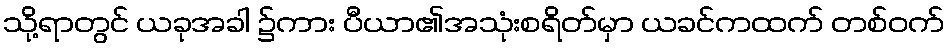
သို့ရာတွင် ယခုအခါ ၌ကား ပီယာ၏အသုံးစရိတ်မှာ ယခင်ကထက် တစ်ဝက်